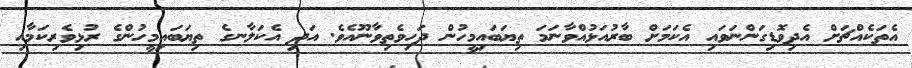
އެތަކެއްޗަށް އެދިވޮޑިގަންނަވައި އެކަމަށް ބާރުއަޅުއްވާނަމަ ތިޔަބައިމީހުން ދަހިވެތިވާނޫއެވެ. އަދި އެކަލާނގެ ތިޔަބައިމީހުންގެ ރުޅިވެރިކަމާއި